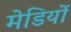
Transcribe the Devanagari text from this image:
मेडियों